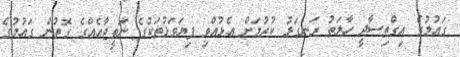
ގައުމުގެ އިގްތިސާދީ ހާލަތު ރަނގަޅު ކުރުމަށް އެޅުއްވި ފިޔަވަޅުތަކުގެ ނަތީޖާއެއްގެ ގޮތުން ގައުމުގެ